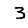
Digit: 3